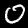
Label: 0